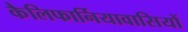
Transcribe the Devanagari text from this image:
कैलिफार्नियावासियों